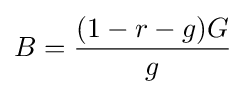
B={\frac {(1-r-g)G}{g}}